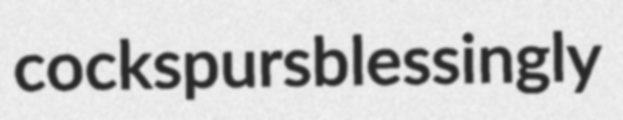
cockspurs blessingly